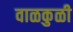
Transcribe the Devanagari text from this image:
वाळकुळी